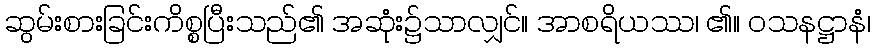
ဆွမ်းစားခြင်းကိစ္စပြီးသည်၏ အဆုံး၌သာလျှင်။ အာစရိယဿ၊ ၏။ ဝသနဋ္ဌာနံ၊